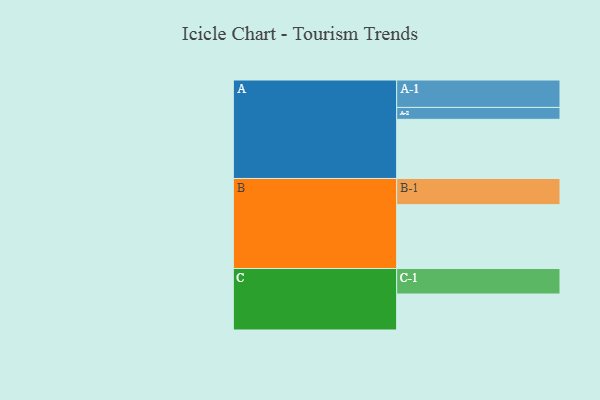
{"axis": {"x": "Segment", "y": "Value"}, "legend": ["", "A", "B", "C"], "data": [{"x": "A", "y": 526, "type": ""}, {"x": "B", "y": 568, "type": ""}, {"x": "C", "y": 320, "type": ""}, {"x": "A-1", "y": 244, "type": "A"}, {"x": "A-2", "y": 106, "type": "A"}, {"x": "B-1", "y": 233, "type": "B"}, {"x": "C-1", "y": 227, "type": "C"}]}